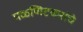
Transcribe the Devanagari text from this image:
पळणिटकरांचे